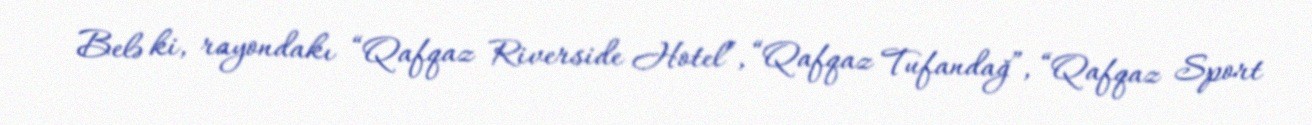
Belə ki, rayondakı “Qafqaz Riverside Hotel”, “Qafqaz Tufandağ”, “Qafqaz Sport